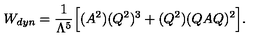
W _ { d y n } = \frac { 1 } { \Lambda ^ { 5 } } \Big [ ( A ^ { 2 } ) ( Q ^ { 2 } ) ^ { 3 } + ( Q ^ { 2 } ) ( Q A Q ) ^ { 2 } \Big ] .